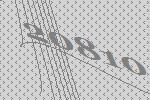
20810